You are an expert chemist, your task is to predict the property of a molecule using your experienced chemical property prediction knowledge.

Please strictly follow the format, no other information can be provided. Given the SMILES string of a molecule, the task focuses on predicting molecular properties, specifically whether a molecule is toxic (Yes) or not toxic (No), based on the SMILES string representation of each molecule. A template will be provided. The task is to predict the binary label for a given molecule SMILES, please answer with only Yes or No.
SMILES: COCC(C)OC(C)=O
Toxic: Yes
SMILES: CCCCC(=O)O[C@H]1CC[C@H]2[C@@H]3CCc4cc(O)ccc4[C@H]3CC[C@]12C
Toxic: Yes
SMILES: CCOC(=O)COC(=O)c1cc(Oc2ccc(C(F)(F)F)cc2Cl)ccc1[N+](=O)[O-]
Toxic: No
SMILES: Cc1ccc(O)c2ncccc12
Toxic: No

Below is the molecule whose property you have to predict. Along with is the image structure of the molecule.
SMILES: NC(=O)C1(N2CCCCC2)CCN(CCCC(=O)c2ccc(F)cc2)CC1
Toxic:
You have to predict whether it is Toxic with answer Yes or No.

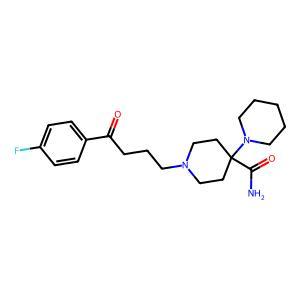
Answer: No